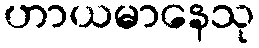
ဟာယမာနေသု